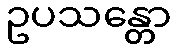
ဥပသန္တော